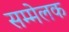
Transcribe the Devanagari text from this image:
सम्मेलक